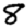
Digit: 8